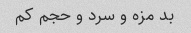
بد مزه و سرد و حجم کم